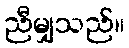
ညီမျှသည်။